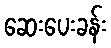
ဆေးပေးခန်း